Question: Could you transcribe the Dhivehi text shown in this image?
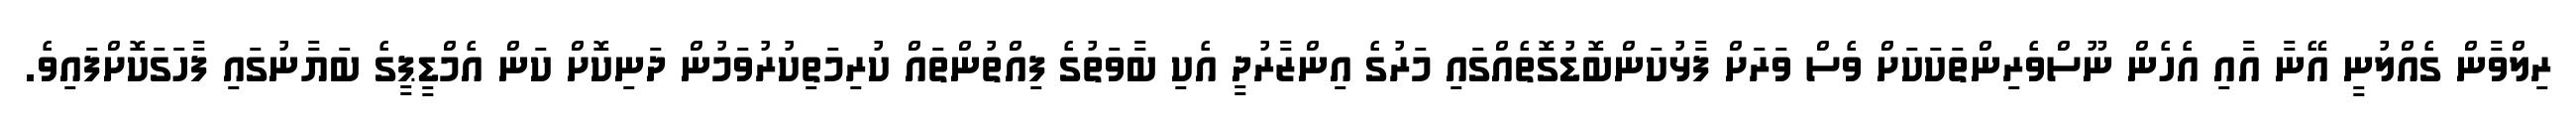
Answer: ރިލްވާން ގެއްލުނީ އޭނާ އާއި އެހެން ނޫސްވެރިންތަކަކަށް ވެސް ވަރަށް ފާޅުކަންބޮޑުގޮތެއްގައި މަރުގެ އިންޒާރުދީ އެކި ބާވަތުގެ ފިއްތުންތައް ކުރިމަތިކުރުވަމުން ދަނިކޮށް ކަން އެމްޑީޕީގެ ބަޔާނުގައި ފާހަގަކޮށްފައިވެ.